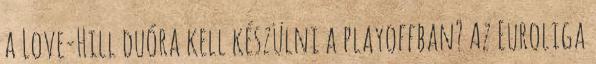
a Love-Hill duóra kell készülni a playoffban? Az Euroliga